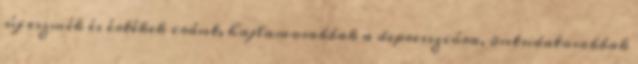
új eszmék és értékek iránt, hajlamosabbak a depresszióra, öntudatosabbak